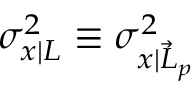
\sigma _ { x | L } ^ { 2 } \equiv \sigma _ { x | \vec { L } _ { p } } ^ { 2 }